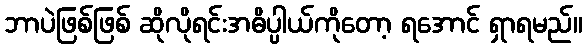
ဘာပဲဖြစ်ဖြစ် ဆိုလိုရင်းအဓိပ္ပါယ်ကိုတော့ ရအောင် ရှာရမည်။